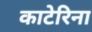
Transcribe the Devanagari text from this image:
काटेरिना